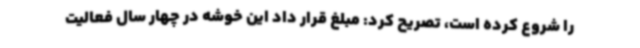
را شروع کرده است، تصریح کرد: مبلغ قرار داد این خوشه در چهار سال فعالیت